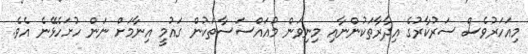
މިއަހަރުވެސް ސަރުކާރުގެ އިދާރާތަކުންނާއި މިނިވަން މުއައްސަސާތަކުން ގައުމީ އިނާމަށް ނަން ހުށަހެޅޭނެ އެވެ.